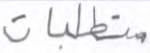
متطلبات